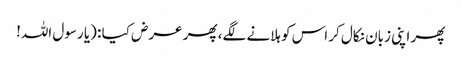
پھر اپنی زبان نکال کر اس کو ہلانے لگے، پھر عرض کیا : (یا رسول اللہ!